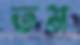
তম